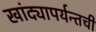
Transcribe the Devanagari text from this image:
खांद्यापर्यन्तची